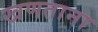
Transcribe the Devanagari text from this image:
खणताना